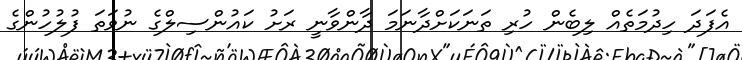
އެފަދަ ހިދުމަތެއް ލިބެން ހުރި ތަނަކަށްދާނަމަ ދާންވާނީ ރަށު ކައުންސިލްގެ ނުވަތަ ފުލުހުންގެ